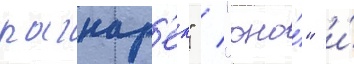
рагнар'ек" / "оно́" и́